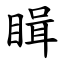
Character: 䁒